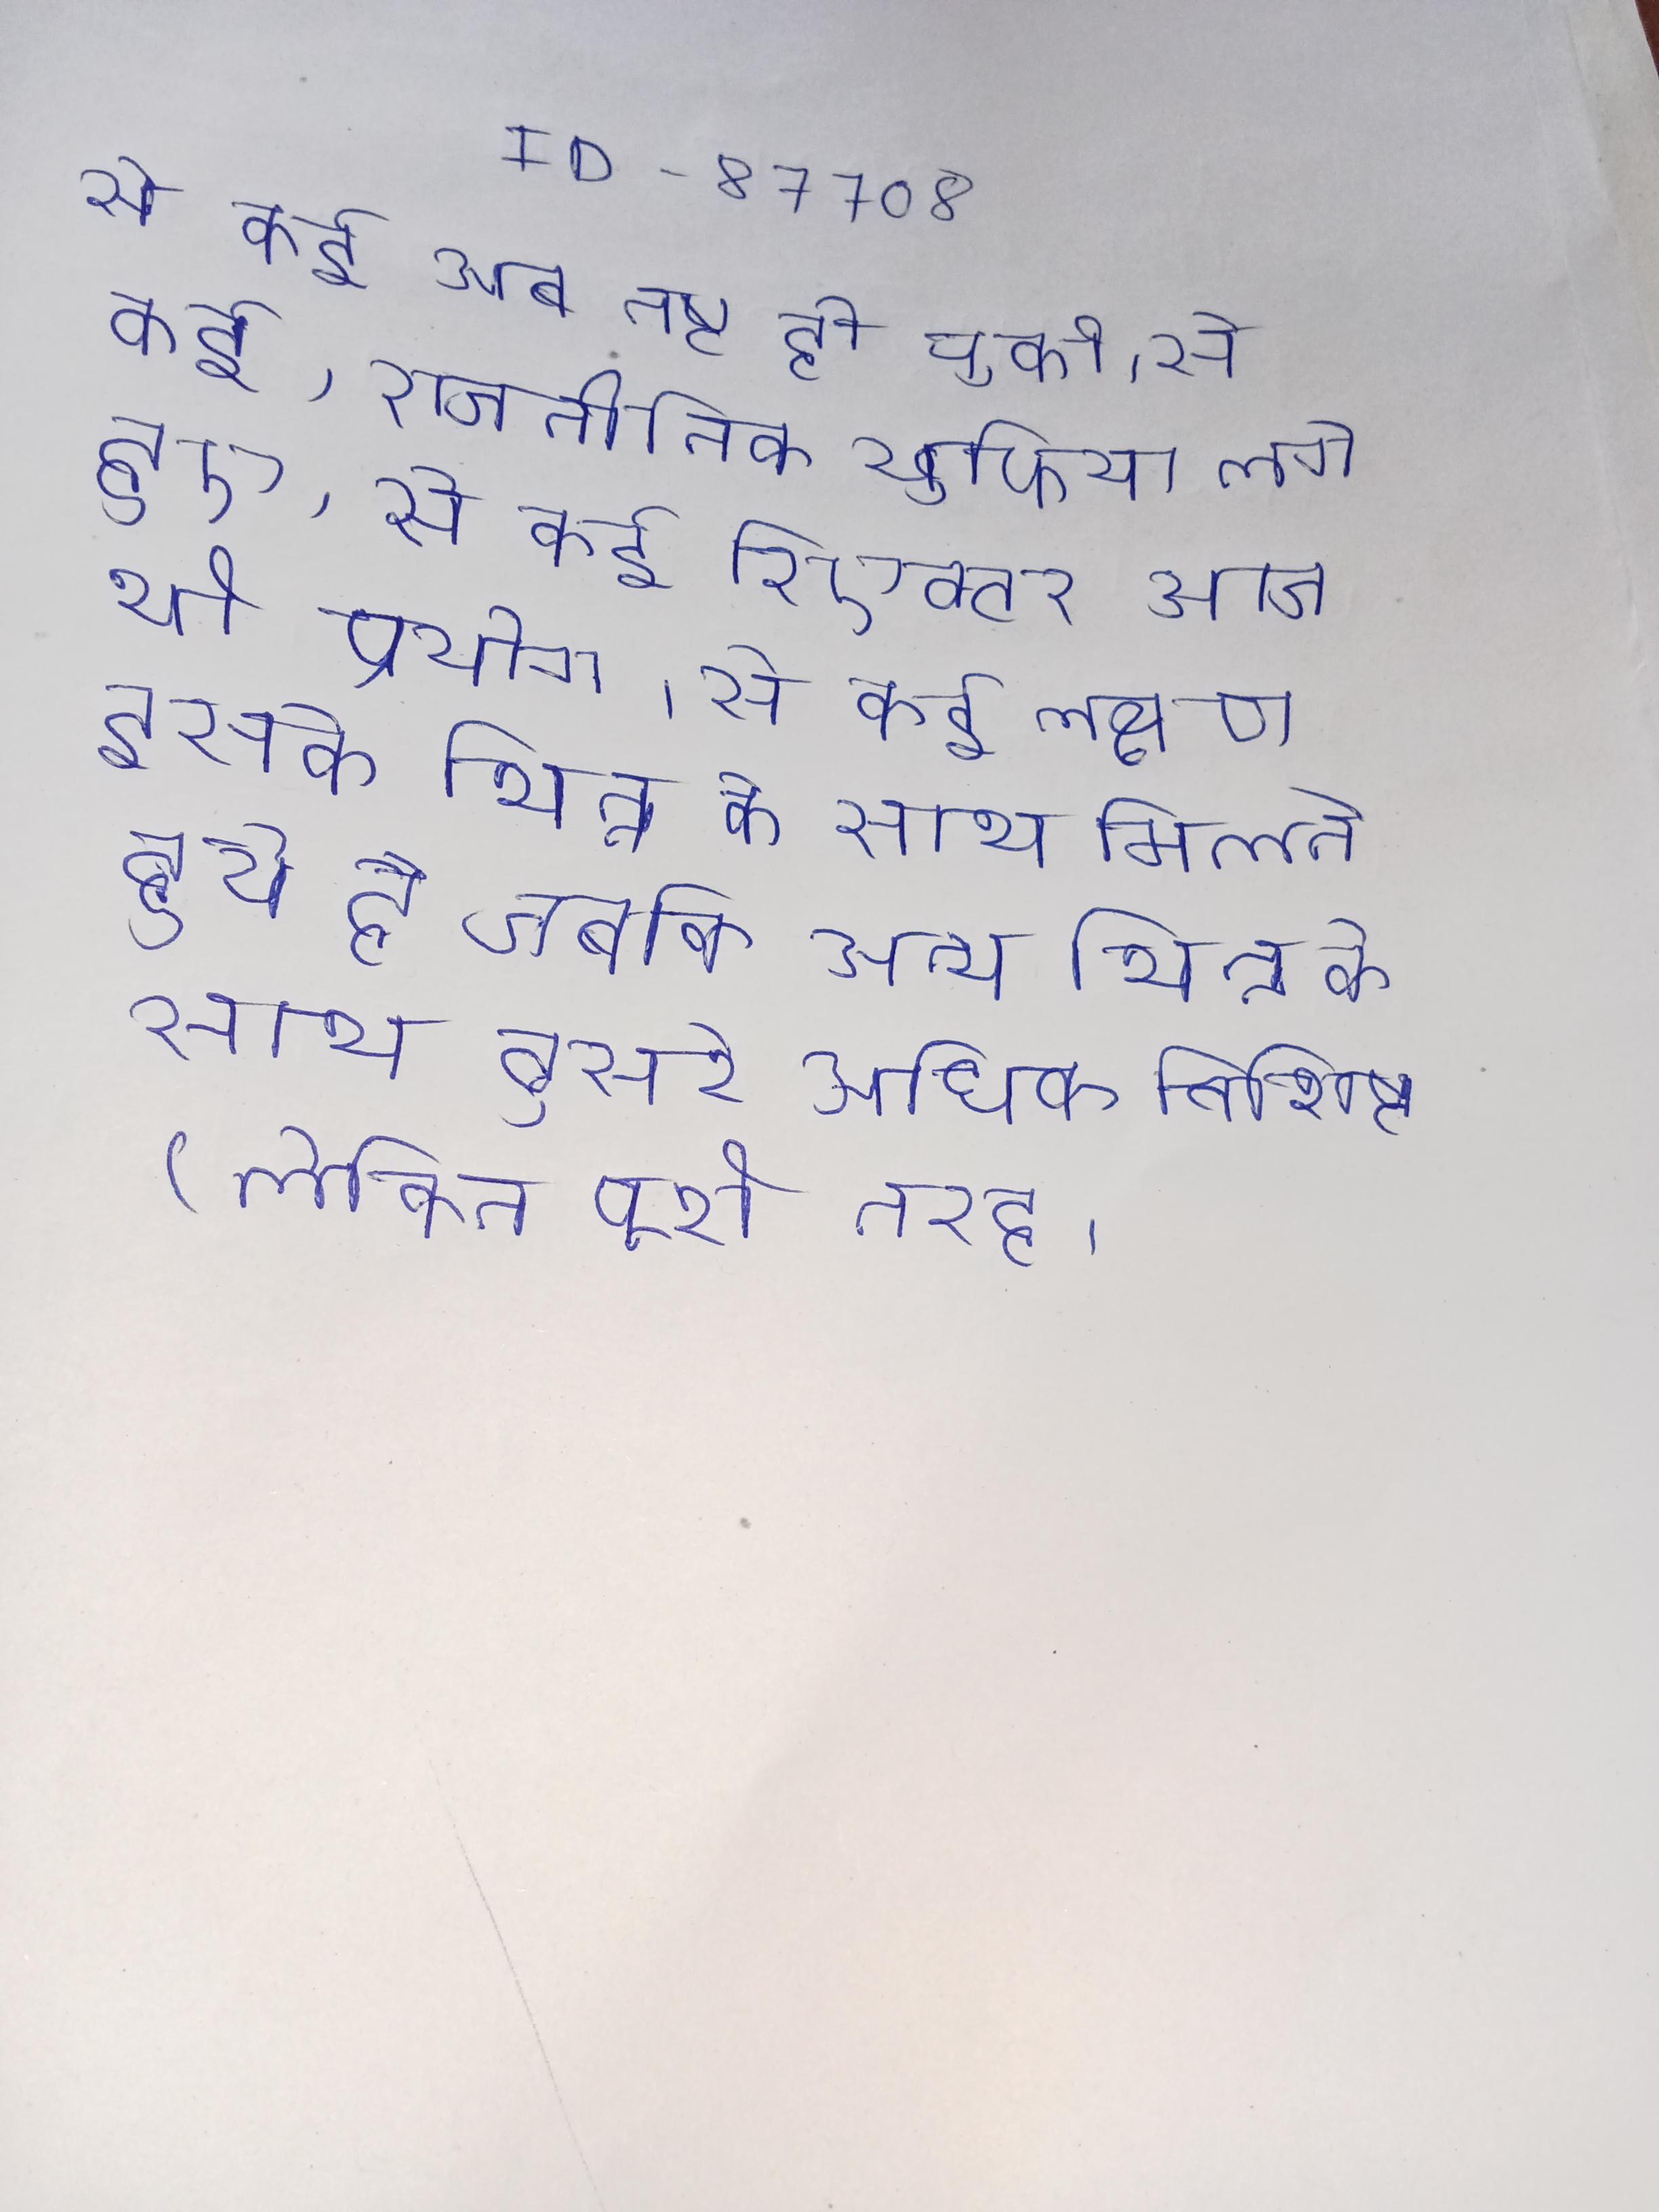
से कई अब नष्ट हो चुकी । से कई, राजनीतिक खुफिया लगे हुए । से कई रिएक्टर आज भी प्रयोग । से कई लक्षण इसके भिन्न के साथ मिलते हुये है जबकि अन्य भिन्न के साथ दूसरे अधिक विशिष्ट (लेकिन पूरी तरह ।